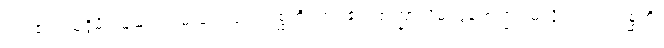
ကပ်၏။ သုဒ္ဒိမ္ပိ၊ သူဆင်းရဲမသို့လည်း။ ဂစ္ဆတိ၊ ကပ်၏။ စဏ္ဍာလိမ္ပိ၊ ဒွန်းစဏ္ဍားမသို့လည်း။ ဂစ္ဆတိ၊